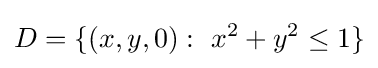
D=\{(x,y,0):\ x^{2}+y^{2}\leq 1\}